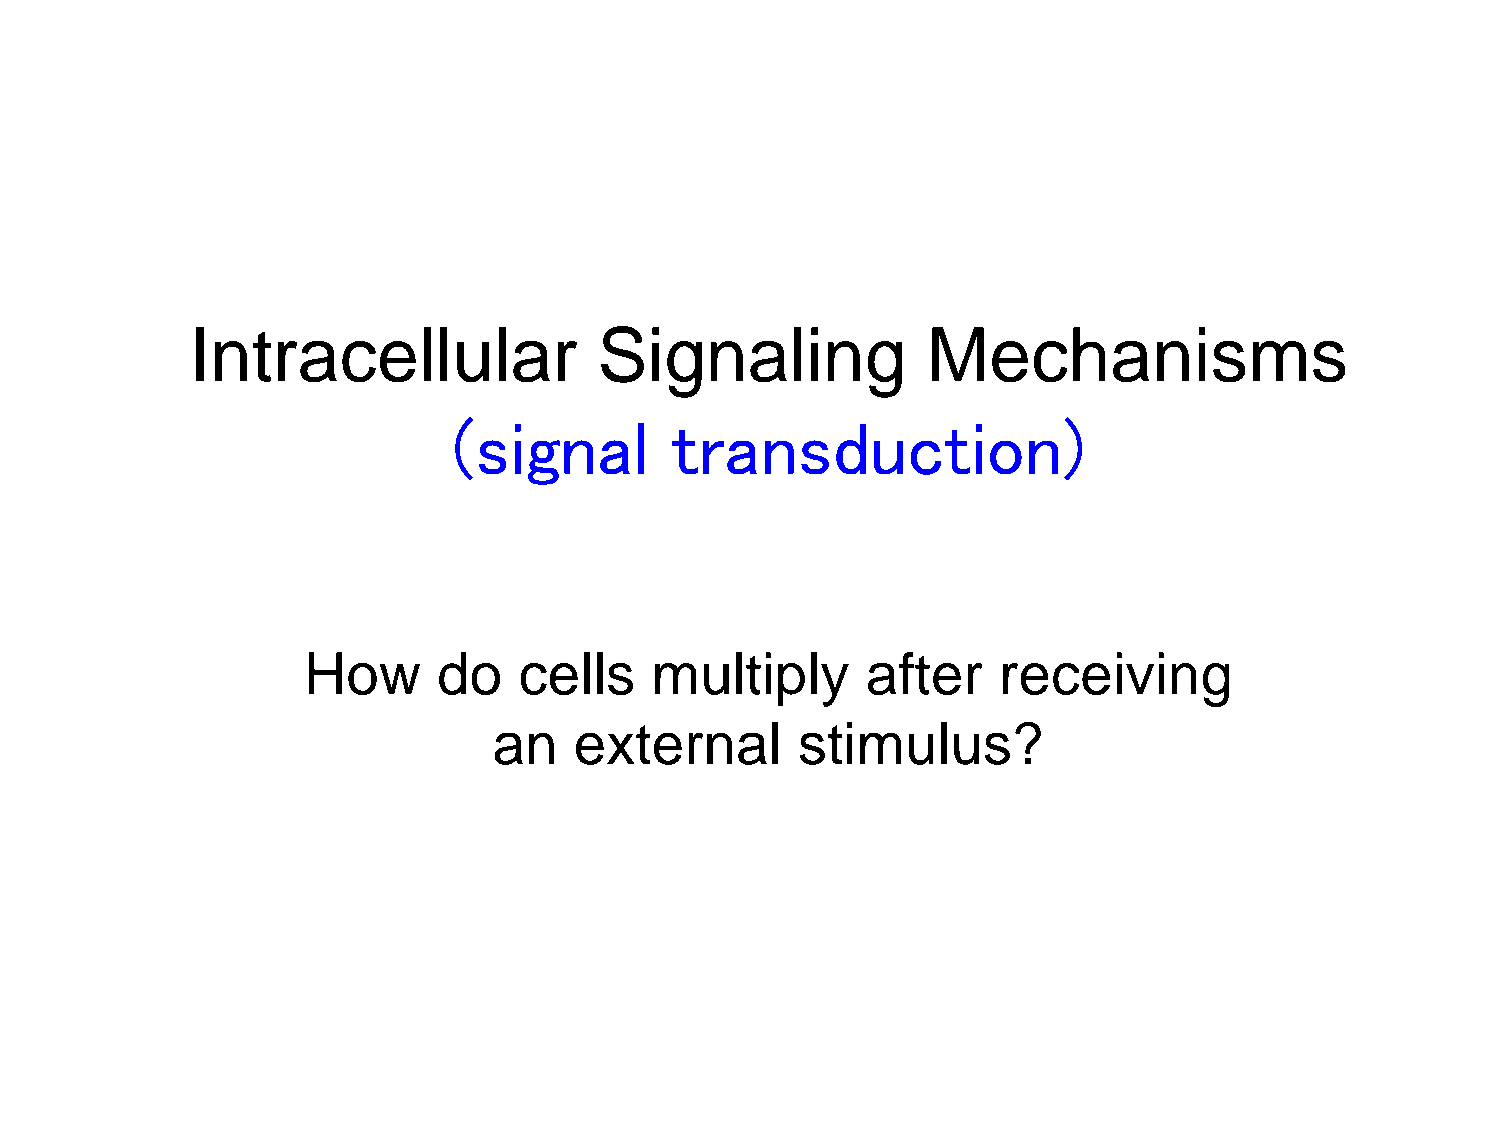
Intracellular              Signaling            Mechanisms
 (signal        transduction)
 How      do   cells    multiply      after    receiving
 an   external       stimulus?